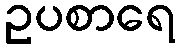
ဥပစာရေ